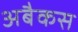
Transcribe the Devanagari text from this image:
अबैकस